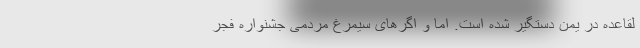
لقاعده در یمن دستگیر شده است. اما و اگرهای سیمرغ مردمی جشنواره فجر